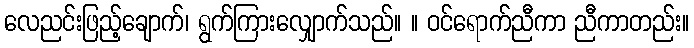
လေညင်းဖြည့်ချောက်၊ ရွက်ကြားလျှောက်သည်။ ။ ဝင်ရောက်ညီကာ ညီကာတည်း။